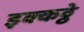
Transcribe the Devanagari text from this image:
इक्कठ्ठे